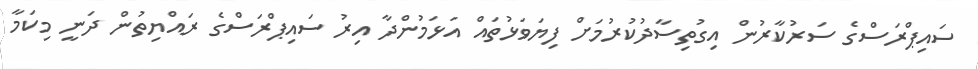
ސައިޕްރަސްގެ ސަރުކާރުން އިގުތިސާދުކުރުމަށް ފިޔަވަޅުތައް އަޅަމުންދާ އިރު ސައިޕްރަސްގެ ރައްޔިތުން ދަނީ މިކަމާ